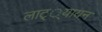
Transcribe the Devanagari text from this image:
लाट््यायन